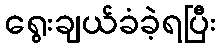
ရွေးချယ်ခံခဲ့ရပြီး